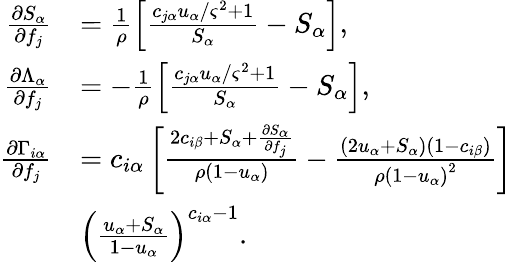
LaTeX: \begin{array}{rl}{\frac{\partial S_{\alpha}}{\partial f_{j}}}&{=\frac{1}{\rho}\left[\frac{c_{j\alpha}u_{\alpha}/\varsigma^{2}+1}{S_{\alpha}}-S_{\alpha}\right],}\\ {\frac{\partial\Lambda_{\alpha}}{\partial f_{j}}}&{=-\frac{1}{\rho}\left[\frac{c_{j\alpha}u_{\alpha}/\varsigma^{2}+1}{S_{\alpha}}-S_{\alpha}\right],}\\ {\frac{\partial\Gamma_{i\alpha}}{\partial f_{j}}}&{=c_{i\alpha}\left[\frac{2c_{i\beta}+S_{\alpha}+\frac{\partial S_{\alpha}}{\partial f_{j}}}{\rho\left(1-u_{\alpha}\right)}-\frac{\left(2u_{\alpha}+S_{\alpha}\right)\left(1-c_{i\beta}\right)}{\rho{\left(1-u_{\alpha}\right)}^{2}}\right]}\\ &{{\left(\frac{u_{\alpha}+S_{\alpha}}{1-u_{\alpha}}\right)}^{c_{i\alpha}-1}.}\end{array}